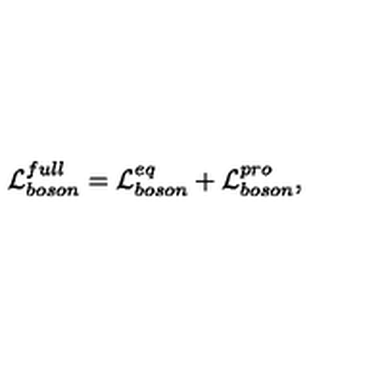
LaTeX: { \cal L } _ { b o s o n } ^ { f u l l } = { \cal L } _ { b o s o n } ^ { e q } + { \cal L } _ { b o s o n } ^ { p r o } ,